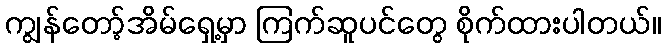
ကျွန်တော့်အိမ်ရှေ့မှာ ကြက်ဆူပင်တွေ စိုက်ထားပါတယ်။